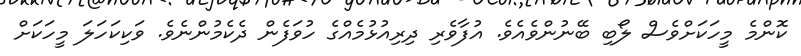
ކޮންމެ މީހަކަށްވެސް ލޯބި ބޭނުންވެއެވެ. އުފާވެރި ދިރިއުޅުމެއްގެ ހުވަފެން ދެކެމުންނެވެ. ވަކިކަހަލަ މީހަކަށް